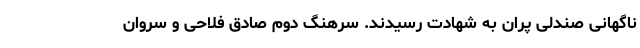
ناگهانی صندلی پران به شهادت رسیدند. سرهنگ دوم صادق فلاحی و سروان